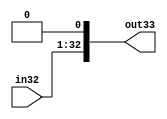
module padshift(in32, out33);
	input [31:0] in32;
	output [32:0] out33;
	
	assign out33[32:1] = in32[31:0];
	assign out33[0] = 0;
endmodule